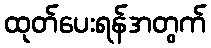
ထုတ်ပေးရန်အတွက်